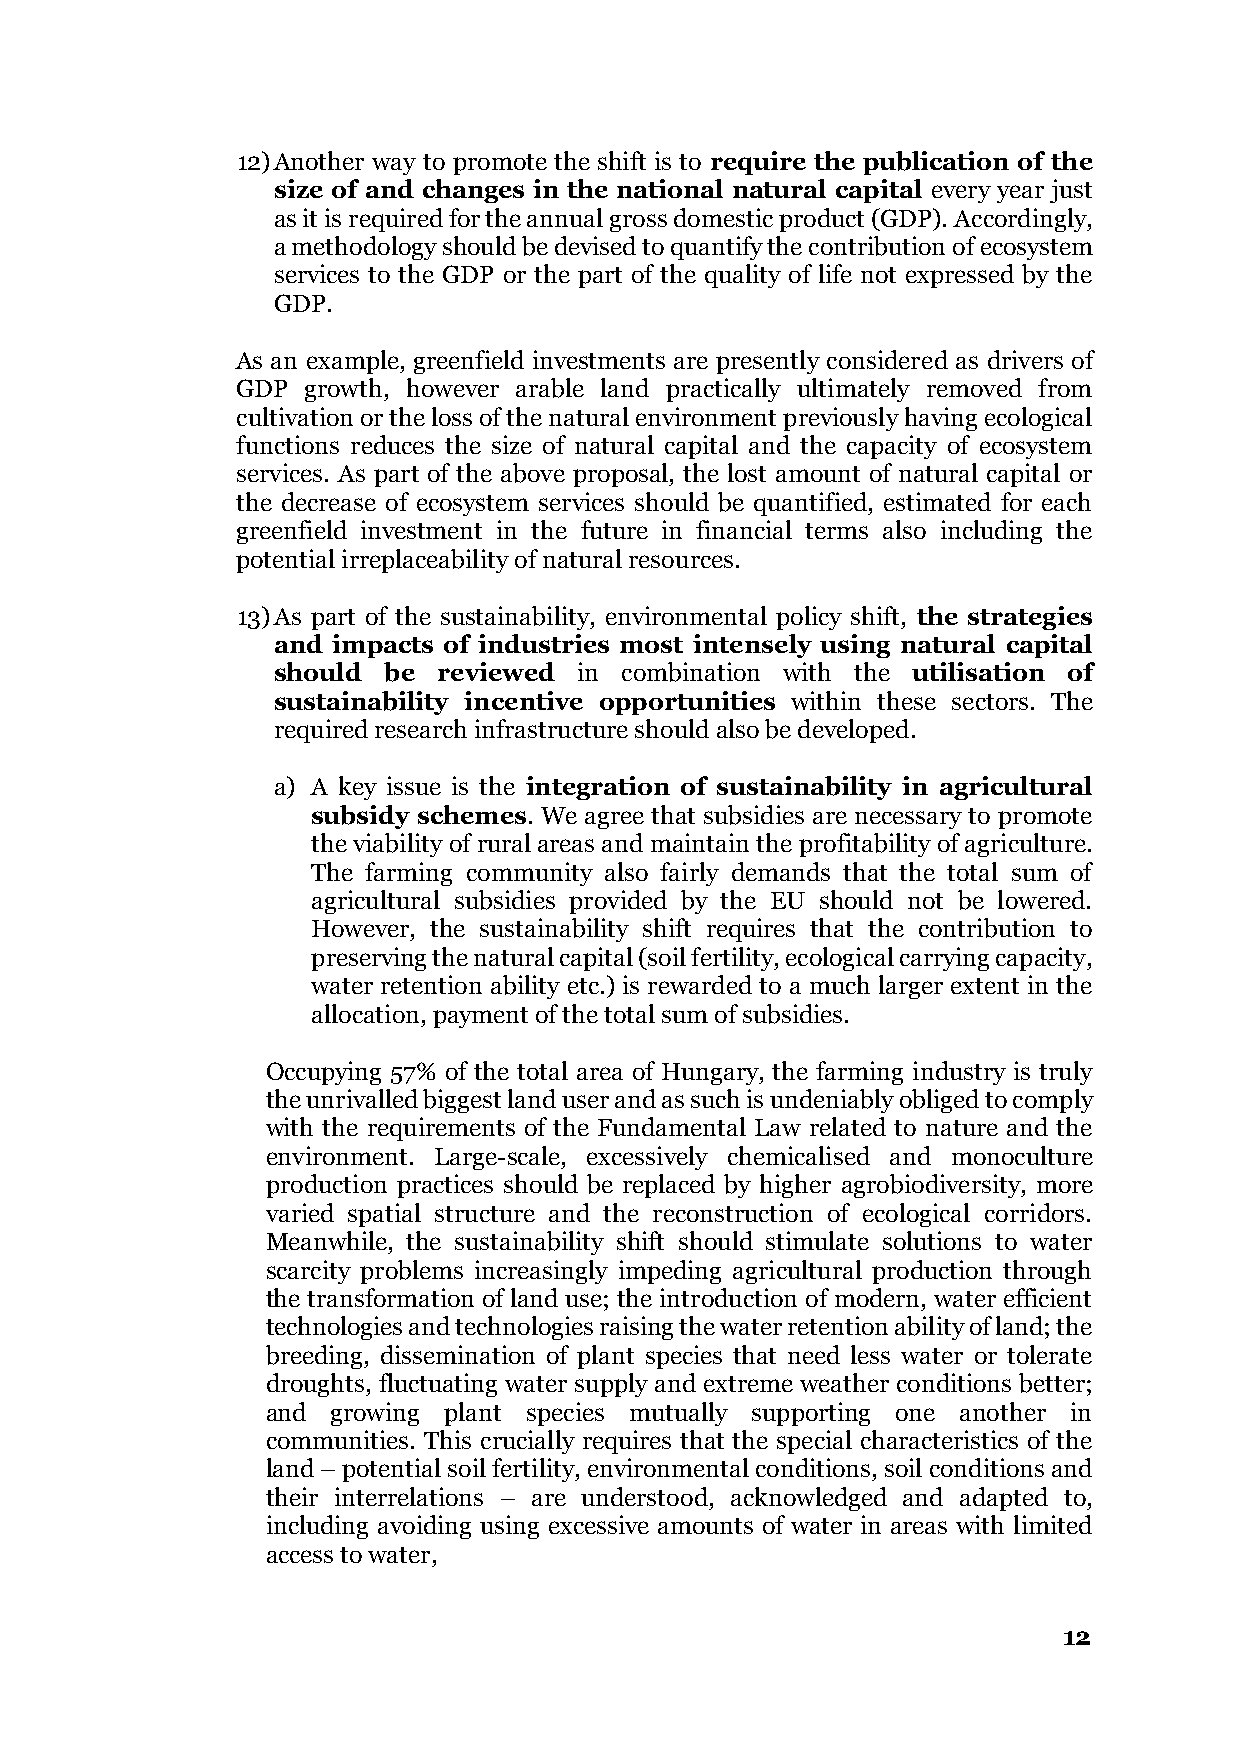
12) Another way to promote the shift is to require the publication of the
 size of and changes in the national natural capital every year just
 as it is required for the annual gross domestic product (GDP). Accordingly,
 a methodology should be devised to quantify the contribution of ecosystem
 services to the GDP or the part of the quality of life not expressed by the
 GDP.
 As an example, greenfield investments are presently considered as drivers of
 GDP growth, however arable land practically ultimately removed from
 cultivation or the loss of the natural environment previously having ecological
 functions reduces the size of natural capital and the capacity of ecosystem
 services. As part of the above proposal, the lost amount of natural capital or
 the decrease of ecosystem services should be quantified, estimated for each
 greenfield investment in the future in financial terms also including the
 potential irreplaceability of natural resources.
 13) As part of the sustainability, environmental policy shift, the strategies
 and impacts of industries most intensely using natural capital
 should be  reviewed in combination with the utilisation of
 sustainability incentive opportunities within these sectors. The
 required research infrastructure should also be developed.
 a) A key issue is the integration of sustainability in agricultural
 subsidy schemes. We agree that subsidies are necessary to promote
 the viability of rural areas and maintain the profitability of agriculture.
 The farming community also fairly demands that the total sum of
 agricultural subsidies provided by the EU should not be lowered.
 However, the sustainability shift requires that the contribution to
 preserving the natural capital (soil fertility, ecological carrying capacity,
 water retention ability etc.) is rewarded to a much larger extent in the
 allocation, payment of the total sum of subsidies.
 Occupying 57% of the total area of Hungary, the farming industry is truly
 the unrivalled biggest land user and as such is undeniably obliged to comply
 with the requirements of the Fundamental Law related to nature and the
 environment. Large-scale, excessively chemicalised and monoculture
 production practices should be replaced by higher agrobiodiversity, more
 varied spatial structure and the reconstruction of ecological corridors.
 Meanwhile, the sustainability shift should stimulate solutions to water
 scarcity problems increasingly impeding agricultural production through
 the transformation of land use; the introduction of modern, water efficient
 technologies and technologies raising the water retention ability of land; the
 breeding, dissemination of plant species that need less water or tolerate
 droughts, fluctuating water supply and extreme weather conditions better;
 and growing plant species mutually supporting one another in
 communities. This crucially requires that the special characteristics of the
 land – potential soil fertility, environmental conditions, soil conditions and
 their interrelations – are understood, acknowledged and adapted to,
 including avoiding using excessive amounts of water in areas with limited
 access to water,
 12